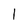
Character: 1